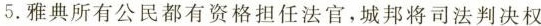
5.雅典所有公民都有资格担任法官，城邦将司法判决权